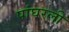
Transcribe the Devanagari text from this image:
पांघरली